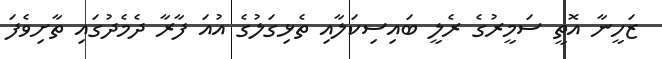
ޒަހީނާ އޮތީ ސަމީރުގެ ރެލީ ބައިސިކަލާއި ތެޅިގަލުގެ އުއަ ފާރާ ދެމެދުގައި ތާށިވެފަ